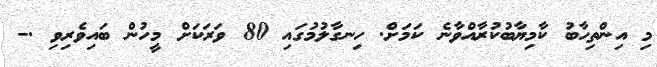
މި އިންތިހާބު ކާމިޔާބުކުރާއްވާނެ ކަމަށް. ހިނގާލުމުގައި 80 ވަރަކަށް މީހުން ބައިވެރިވި .-